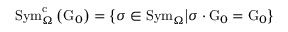
\mathrm { S y m } _ { \Omega } ^ { \mathrm { c } } \left( \mathrm { G } _ { 0 } \right) = \left\{ \sigma \in \mathrm { S y m } _ { \Omega } \middle | \sigma \cdot \mathrm { G } _ { 0 } = \mathrm { G } _ { 0 } \right\}